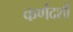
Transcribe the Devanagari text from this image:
कर्णदर्शी